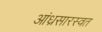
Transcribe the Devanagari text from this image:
आंध्रसारस्वत